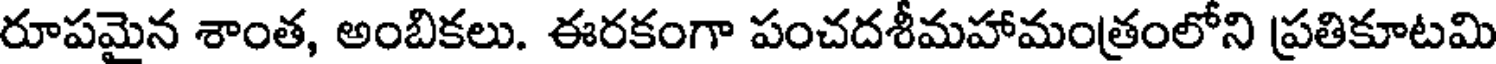
రూపమైన శాంత, అంబికలు. ఈరకంగా పంచదశీమహామంత్రంలోని ప్రతికూటమి